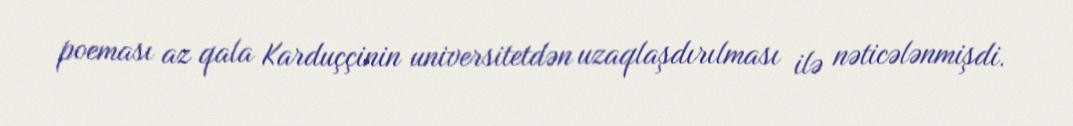
poeması az qala Karduççinin universitetdən uzaqlaşdırılması ilə nəticələnmişdi.